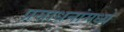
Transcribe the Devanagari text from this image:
प्रसाधनांमध्ये